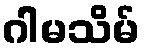
ဂါမသိမ်